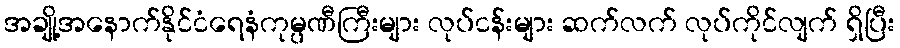
အချို့အနောက်နိုင်ငံရေနံကုမ္ပဏီကြီးများ လုပ်ငန်းများ ဆက်လက် လုပ်ကိုင်လျက် ရှိပြီး